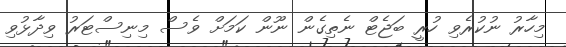
މިހާރު ނުކުރެވި ހުރީ ބަޖެޓް ނެތިގެން ނޫން ކަމަށް ވެސް މިނިސްޓަރު ވިދާޅުވި